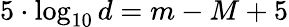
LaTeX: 5\cdot\log_{10}d=m-M+5